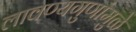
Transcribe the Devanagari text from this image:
लावण्यगुणांमुळे